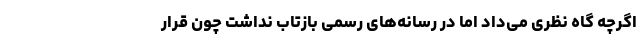
اگرچه گاه نظری می‌داد اما در رسانه‌های رسمی بازتاب نداشت چون قرار